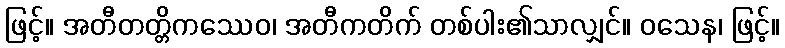
ဖြင့်။ အတီတတ္တိကဿေဝ၊ အတီကတိက် တစ်ပါး၏သာလျှင်။ ဝသေန၊ ဖြင့်။